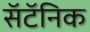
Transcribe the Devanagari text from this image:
सॅटॅनिक